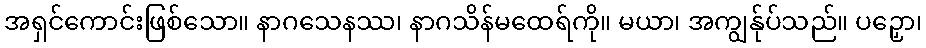
အရှင်ကောင်းဖြစ်သော။ နာဂသေနဿ၊ နာဂသိန်မထေရ်ကို။ မယာ၊ အကျွန်ုပ်သည်။ ပဉှော၊